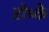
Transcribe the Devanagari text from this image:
रोथ्के